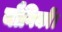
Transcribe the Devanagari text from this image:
यौगिकों।